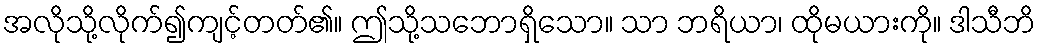
အလိုသို့လိုက်၍ကျင့်တတ်၏။ ဤသို့သဘောရှိသော။ သာ ဘရိယာ၊ ထိုမယားကို။ ဒါသီဘိ